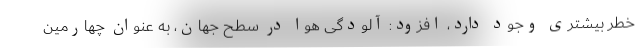
خطر بیشتری وجود دارد، افزود: آلودگی هوا در سطح جهان، به عنوان چهارمین